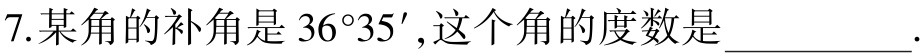
7. 某角的补角是 \(36^{\circ}35'\) , 这个角的度数是 ____________ .